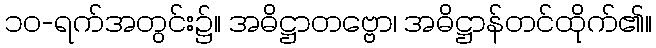
၁၀-ရက်အတွင်း၌။ အဓိဋ္ဌာတဗ္ဗော၊ အဓိဋ္ဌာန်တင်ထိုက်၏။